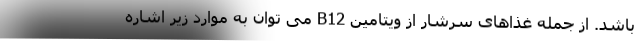
باشد. از جمله غذاهای سرشار از ویتامین B12 می توان به موارد زیر اشاره